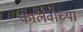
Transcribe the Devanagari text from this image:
कालवाच्या